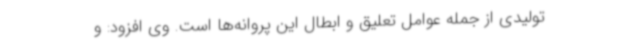
تولیدی از جمله عوامل تعلیق و ابطال این پروانه‌ها است. وی افزود: و